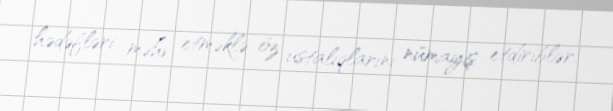
hədəfləri məhv etməklə öz ustalıqlarını nümayiş etdiriblər.